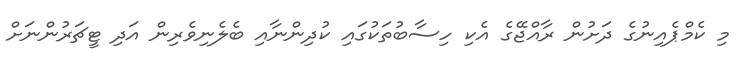
މި ކެމްޕެއިނުގެ ދަށުން ރާއްޖޭގެ އެކި ހިސާބުތަކުގައި ކުދިންނާއި ބެލެނިވެރިން އަދި ޓީޗަރުންނަށް